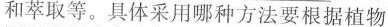
和萃取等。具体采用哪种方法要根据植物